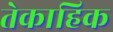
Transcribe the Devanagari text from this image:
तेकाहिक